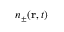
n _ { \pm } ( \mathbf { r } , t )